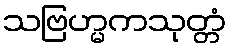
သဗြဟ္မကသုတ္တံ